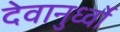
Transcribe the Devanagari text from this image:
देवानुर्ध्वो